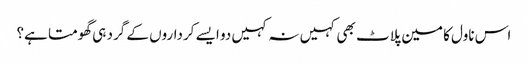
اس ناول کا مین پلاٹ بھی کہیں نہ کہیں دو ایسے کرداروں کے گرد ہی گھومتا ہے؟